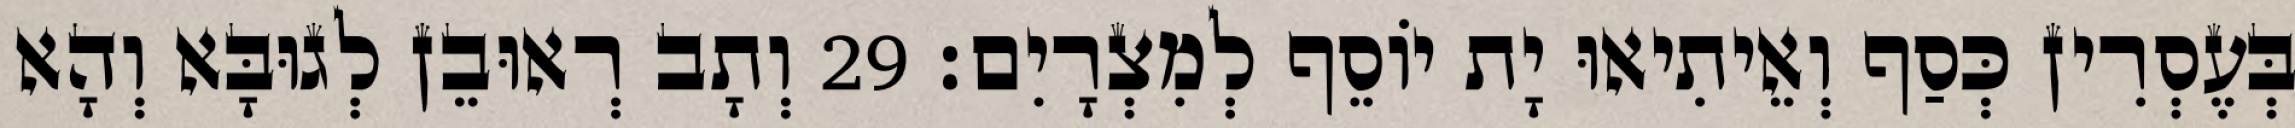
בְּעֶסְרִין כְּסַף וְאֵיתִיאוּ יָת יוֹסֵף לְמִצְרָיִם׃ 29 וְתָב רְאוּבֵן לְגוּבָּא וְהָא